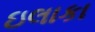
ઇલાકા